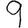
Digit: 9